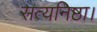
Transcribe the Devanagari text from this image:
सत्यनिष्ठा।